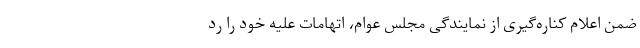
ضمن اعلام کناره‌گیری از نمایندگی مجلس عوام، اتهامات علیه خود را رد